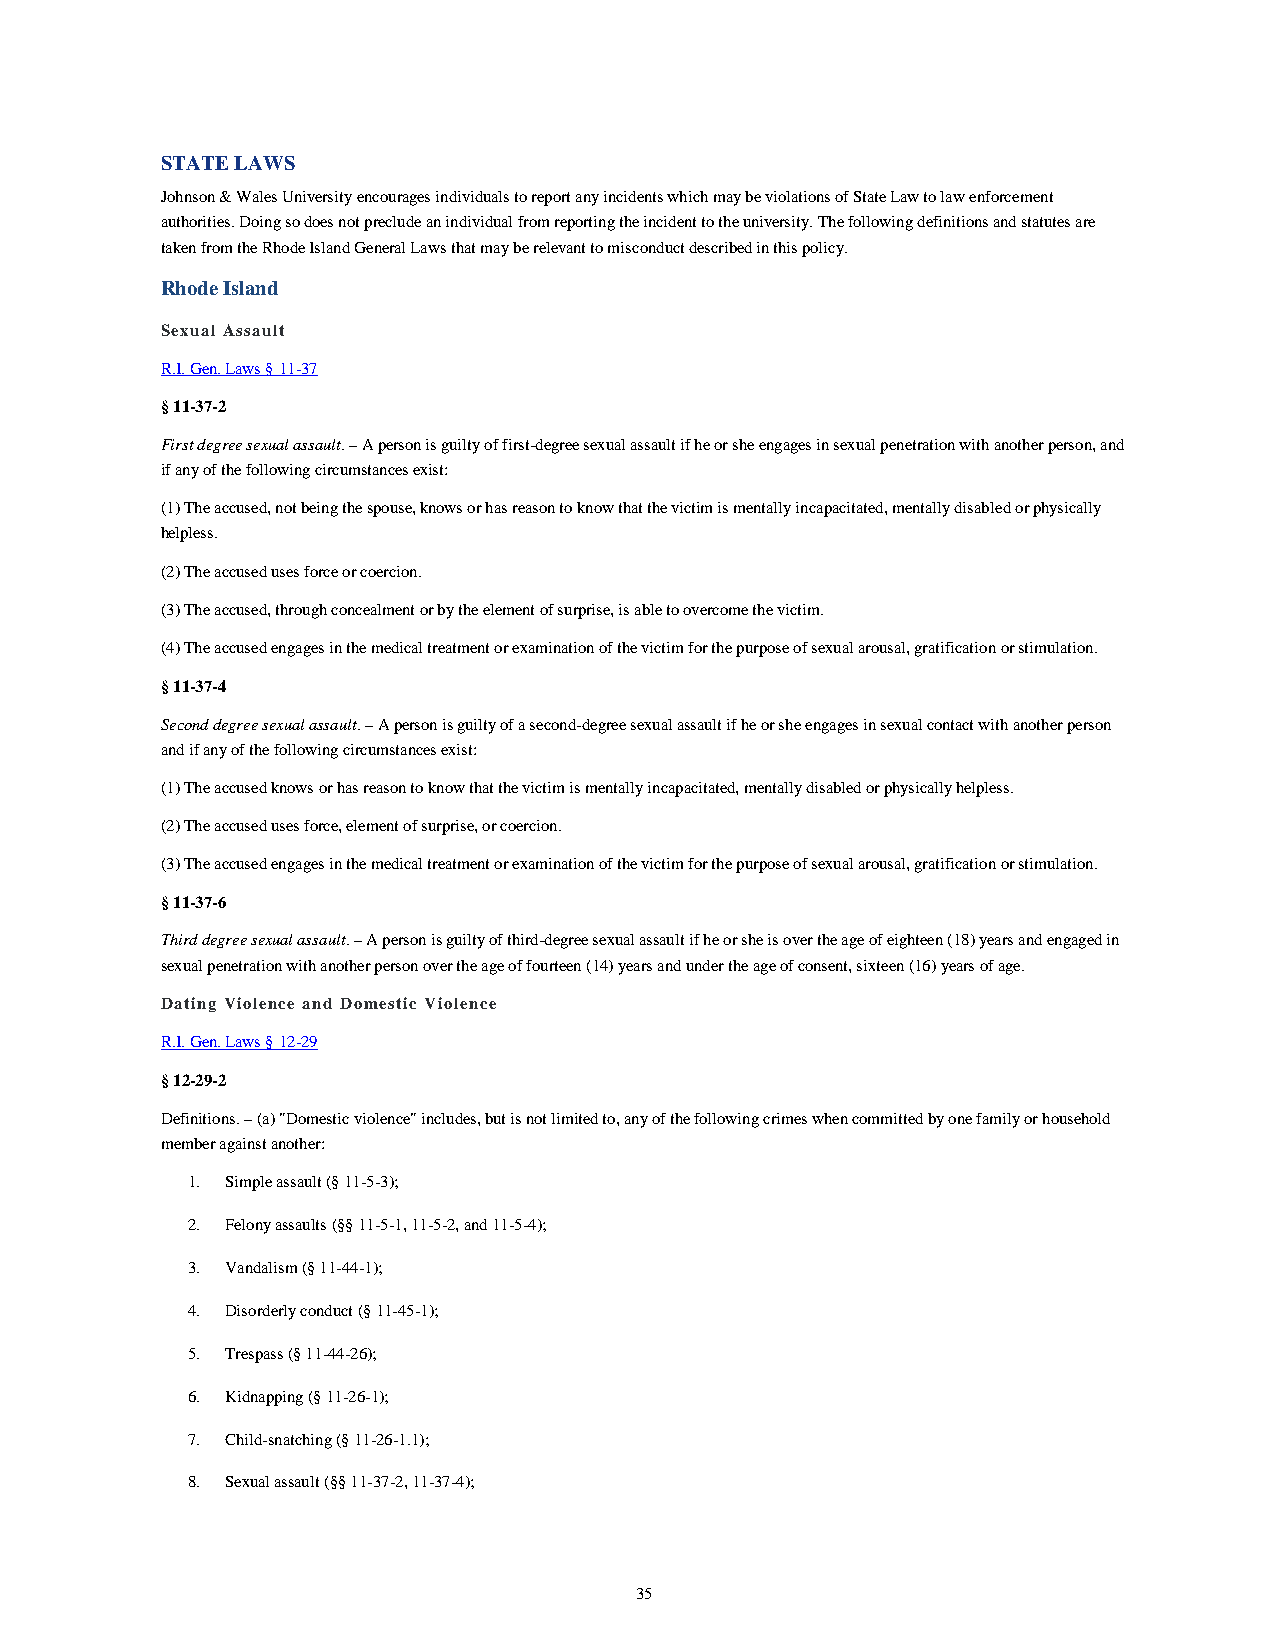
STATE LAWS
 Johnson & Wales University encourages individuals to report any incidents which may be violations of State Law to law enforcement
 authorities. Doing so does not preclude an individual from reporting the incident to the university. The following definitions and statutes are
 taken from the Rhode Island General Laws that may be relevant to misconduct described in this policy.
 Rhode Island
 Sexual Assault
 R.I. Gen. Laws § 11-37
 § 11-37-2
 First degree sexual assault. – A person is guilty of first-degree sexual assault if he or she engages in sexual penetration with another person, and
 if any of the following circumstances exist:
 (1) The accused, not being the spouse, knows or has reason to know that the victim is mentally incapacitated, mentally disabled or physically
 helpless.
 (2) The accused uses force or coercion.
 (3) The accused, through concealment or by the element of surprise, is able to overcome the victim.
 (4) The accused engages in the medical treatment or examination of the victim for the purpose of sexual arousal, gratification or stimulation.
 § 11-37-4
 Second degree sexual assault. – A person is guilty of a second-degree sexual assault if he or she engages in sexual contact with another person
 and if any of the following circumstances exist:
 (1) The accused knows or has reason to know that the victim is mentally incapacitated, mentally disabled or physically helpless.
 (2) The accused uses force, element of surprise, or coercion.
 (3) The accused engages in the medical treatment or examination of the victim for the purpose of sexual arousal, gratification or stimulation.
 § 11-37-6
 Third degree sexual assault. – A person is guilty of third-degree sexual assault if he or she is over the age of eighteen (18) years and engaged in
 sexual penetration with another person over the age of fourteen (14) years and under the age of consent, sixteen (16) years of age.
 Dating Violence and Domestic Violence
 R.I. Gen. Laws § 12-29
 § 12-29-2
 Definitions. – (a) "Domestic violence" includes, but is not limited to, any of the following crimes when committed by one family or household
 member against another:
 1. Simple assault (§ 11-5-3);
 2. Felony assaults (§§ 11-5-1, 11-5-2, and 11-5-4);
 3. Vandalism (§ 11-44-1);
 4. Disorderly conduct (§ 11-45-1);
 5. Trespass (§ 11-44-26);
 6. Kidnapping (§ 11-26-1);
 7. Child-snatching (§ 11-26-1.1);
 8. Sexual assault (§§ 11-37-2, 11-37-4);
 35